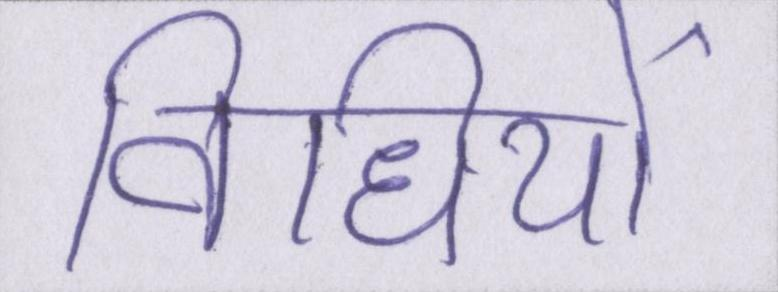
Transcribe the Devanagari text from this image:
विधियों